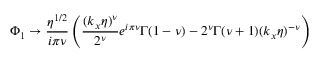
\Phi _ { 1 } \rightarrow \frac { \eta ^ { 1 / 2 } } { i \pi \nu } \left( \frac { ( k _ { x } \eta ) ^ { \nu } } { 2 ^ { \nu } } e ^ { i \pi \nu } \Gamma ( 1 - \nu ) - 2 ^ { \nu } \Gamma ( \nu + 1 ) ( k _ { x } \eta ) ^ { - \nu } \right)